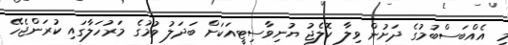
މި އެއްބަސްބުމުގެ ދަށުން ވިލާ ކޮލެޖު ޔުނިވާސިޓީއަކަށް ބަދަލު ވުމުގެ މަރުހަލާގައި ކުރަންޖެހޭ